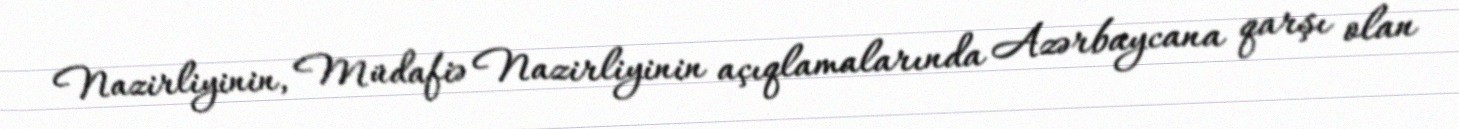
Nazirliyinin, Müdafiə Nazirliyinin açıqlamalarında Azərbaycana qarşı olan